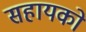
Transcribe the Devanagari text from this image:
सहायको